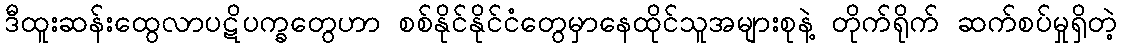
ဒီထူးဆန်းထွေလာပဋိပက္ခတွေဟာ စစ်နိုင်နိုင်ငံတွေမှာနေထိုင်သူအများစုနဲ့ တိုက်ရိုက် ဆက်စပ်မှုရှိတဲ့